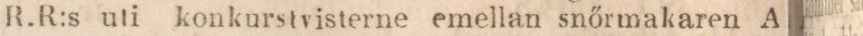
R.R:s uti konkurstvisterne emellan snőrmakaren A